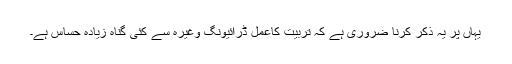
یہاں پر یہ ذکر کرنا ضروری ہے کہ تربیّت کاعمل ڈرائیونگ وغیرہ سے کئی گناہ زیادہ حساس ہے۔